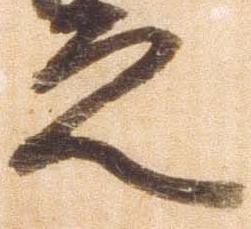
之